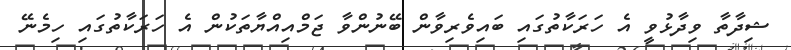
ޝިދާތާ ވިދާޅުވީ އެ ހަރަކާތުގައި ބައިވެރިވާން ބޭނުންވާ ޖަމްއިއްޔާތަކުން އެ ހަރަކާތުގައި ހިމެނޭ